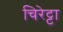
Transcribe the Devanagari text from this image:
चिरेट्टा